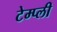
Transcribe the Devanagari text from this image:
टेम्प्ली